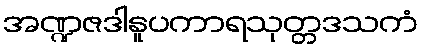
အဏ္ဍဇဒါနူပကာရသုတ္တဒသကံ